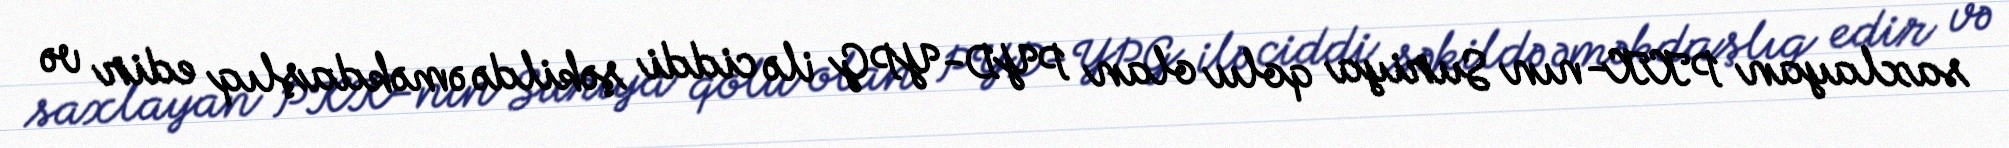
saxlayan PKK-nın Suriya qolu olan PYD-YPG ilə ciddi şəkildə əməkdaşlıq edir və